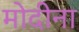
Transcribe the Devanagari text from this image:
मोदीना